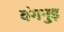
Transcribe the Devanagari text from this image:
वंगनुइ